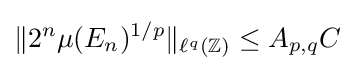
\|2^{n}\mu (E_{n})^{1/p}\|_{\ell ^{q}(\mathbb {Z} )}\leq A_{p,q}C